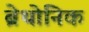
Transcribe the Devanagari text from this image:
ब्रेथोनिक